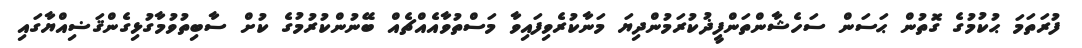
ފުރަތަމަ ޙުކުމުގެ ގޮތުން ޙަސަން ސަހެޝާންތަންފީޛުކުރަމުންދިޔަ މަނާކުރެވިފައިވާ މަސްތުވާއެއްޗެއް ބޭނުންކުރުމުގެ ކުށް ސާބިތުވުމާގުޅިގެންޤަޟިއްޔާގައި